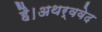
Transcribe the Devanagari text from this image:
है।अथर्ववेद